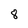
Character: 8